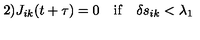
\mathrm { 2 ) } J _ { i k } ( t + \tau ) = 0 \quad \mathrm { i f } \quad \delta s _ { i k } < \lambda _ { 1 }